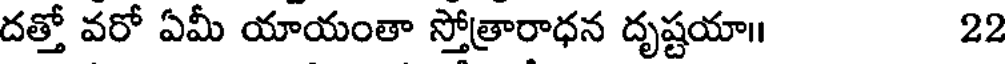
దత్తో వరో ఏమీ యాయంతా స్తోత్రారాధన దృష్టయా॥ 22